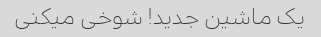
یک ماشین جدید! شوخی میکنی